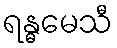
ရန္ဓမေသီ